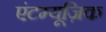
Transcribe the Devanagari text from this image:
एंटम्यूज़िक